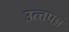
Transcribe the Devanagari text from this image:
उत्त्तपन्न